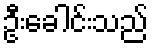
ဦးခေါင်းသည်